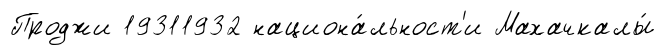
Проджи 19311932 национа́льност'и Махачкалы́